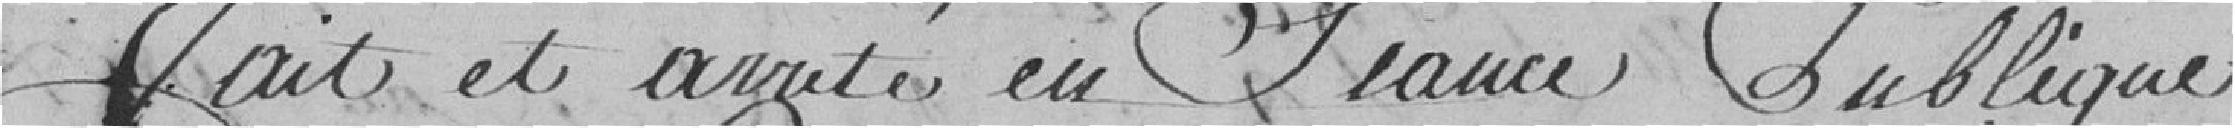
Fait et arrêté en séance Publique